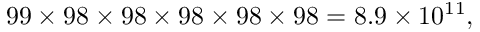
9 9 \times 9 8 \times 9 8 \times 9 8 \times 9 8 \times 9 8 = 8 . 9 \times 1 0 ^ { 1 1 } ,